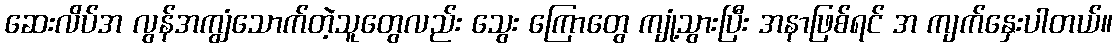
ဆေးလိပ်အ လွန်အကျွံသောက်တဲ့သူတွေလည်း သွေး ကြောတွေ ကျုံ့သွားပြီး အနာဖြစ်ရင် အ ကျက်နှေးပါတယ်။